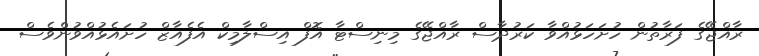
ރާއްޖޭގެ ފަރާތުން ހުށަހަޅުއްވާ ކަރުދާސް ރާއްޖޭގެ މިނިސްޓާ އޮފް އިސްލާމިކް އެފެއާޒް ހުށައެޅުއްވުންވެސް